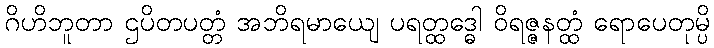
ဂိဟိဘူတာ ဌပိတပတ္တံ အဘိရမာယျေ ပရတ္ထဒ္ဓေါ ဝိရဇ္ဇနတ္ထံ ရောပေတုမ္ပိ